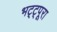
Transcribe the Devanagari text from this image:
भट्ट्पूरा